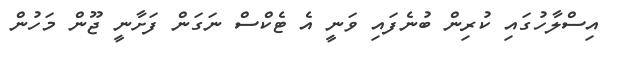
އިސްލާހުގައި ކުރިން ބުނެފައި ވަނީ އެ ޓެކްސް ނަގަން ފަށާނީ ޖޫން މަހުން